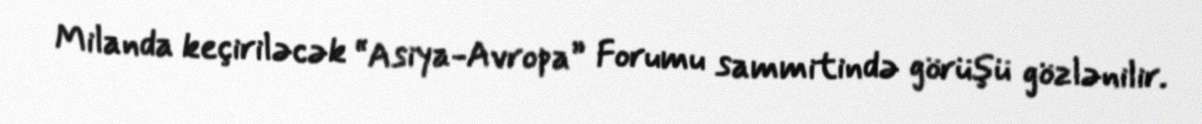
Milanda keçiriləcək “Asiya-Avropa” Forumu sammitində görüşü gözlənilir.